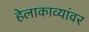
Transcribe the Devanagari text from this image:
हेलाकाव्यांवर